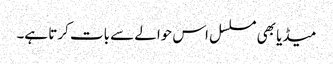
میڈیا بھی مسلسل اس حوالے سے بات کرتا ہے۔